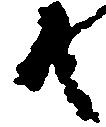
共